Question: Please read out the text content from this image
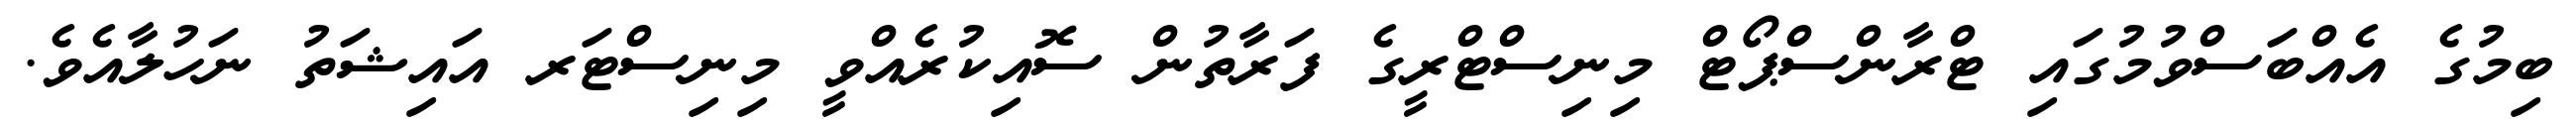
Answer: ބިމުގެ އެއްބަސްވުމުގައި ޓްރާންސްޕޯޓް މިނިސްޓްރީގެ ފަރާތުން ސޮއިކުރެއްވީ މިނިސްޓަރ އައިޝަތު ނަހުލާއެވެ.